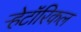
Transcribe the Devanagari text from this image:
ऱ्हेटॉरिकल